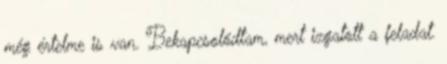
még értelme is van. Bekapcsolódtam, mert izgatott a feladat.